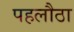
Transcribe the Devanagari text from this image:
पहलौठा